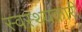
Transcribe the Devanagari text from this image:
स्वस्थ्यकारी